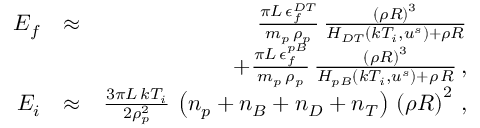
\begin{array} { r l r } { E _ { f } } & { \approx } & { \frac { \pi L \, \epsilon _ { f } ^ { D T } } { m _ { p } \, \rho _ { p } } \, \frac { \left( \rho R \right) ^ { 3 } } { H _ { D T } \left( k T _ { i } , u ^ { s } \right) + \rho R } } \\ & { } & { + \frac { \pi L \, \epsilon _ { f } ^ { p B } } { m _ { p } \, \rho _ { p } } \, \frac { \left( \rho R \right) ^ { 3 } } { H _ { p B } \left( k T _ { i } , u ^ { s } \right) + \rho \, R } \, , } \\ { E _ { i } } & { \approx } & { \frac { 3 \pi L \, k T _ { i } } { 2 \rho _ { p } ^ { 2 } } \, \left( n _ { p } + n _ { B } + n _ { D } + n _ { T } \right) \, \left( \rho R \right) ^ { 2 } \, , } \end{array}